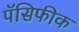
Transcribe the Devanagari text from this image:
पॅसिफीक